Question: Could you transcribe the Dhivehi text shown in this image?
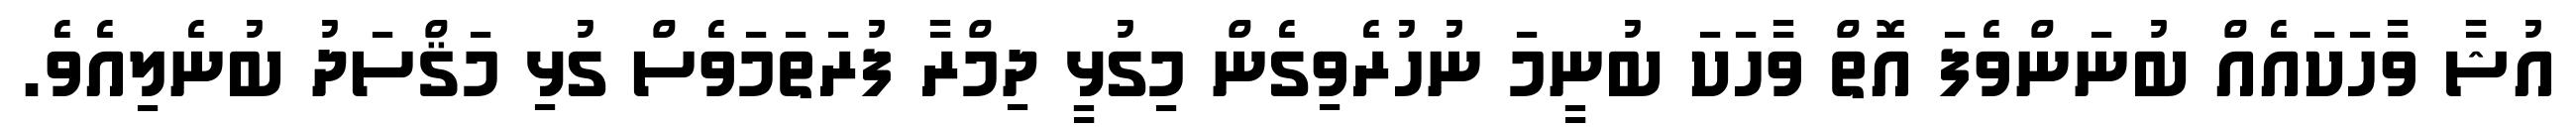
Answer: އުޝާ ވާހަކައެއް ބުނަންވެފަ އޮތް ވާހަކަ ބުނީމަ ނުހުރެވިގެން މިގުޅީ ދިމްރާ ފުރަތަމަވެސް ގުޅި މަޤްސަދު ބުނެލިއެވެ.